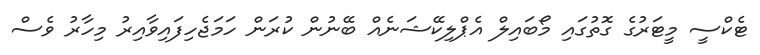
ޓެކްސީ މީޓަރުގެ ގޮތުގައި މޯބައިލް އެޕްލިކޭޝަނެއް ބޭނުން ކުރަން ހަމަޖެހިފައިވާއިރު މިހާރު ވެސް